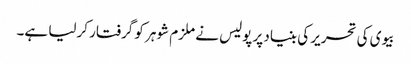
بیوی کی تحریر کی بنیاد پر پولیس نے ملزم شوہر کو گرفتار کرلیا ہے۔